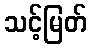
သင့်မြတ်